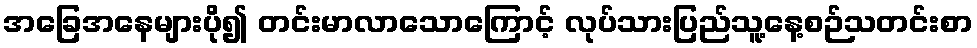
အခြေအနေများပို၍ တင်းမာလာသောကြောင့် လုပ်သားပြည်သူ့နေ့စဉ်သတင်းစာ